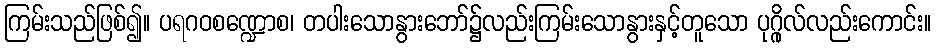
ကြမ်းသည်ဖြစ်၍။ ပရဂဝစဏ္ဍောစ၊ တပါးသောနွားဘော်၌လည်းကြမ်းသောနွားနှင့်တူသော ပုဂ္ဂိုလ်လည်းကောင်း။